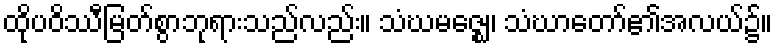
ထိုပဝိဿီမြတ်စွာဘုရားသည်လည်း။ သံဃမဇ္ဈေ၊ သံဃာတော်၏အလယ်၌။